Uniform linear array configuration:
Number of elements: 16
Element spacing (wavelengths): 0.25
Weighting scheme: cosine
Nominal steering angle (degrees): -30
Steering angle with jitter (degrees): -31.743
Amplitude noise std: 0.05
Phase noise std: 0.05

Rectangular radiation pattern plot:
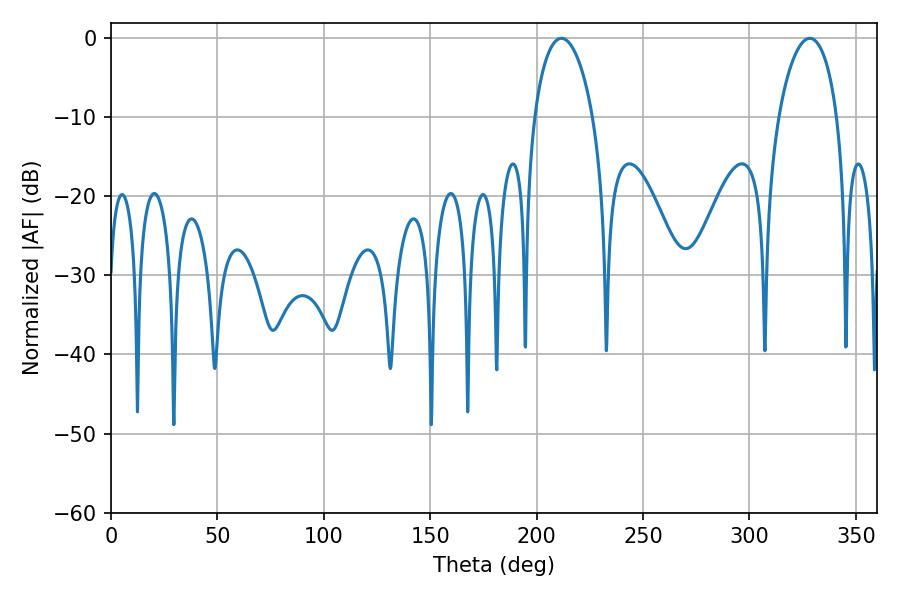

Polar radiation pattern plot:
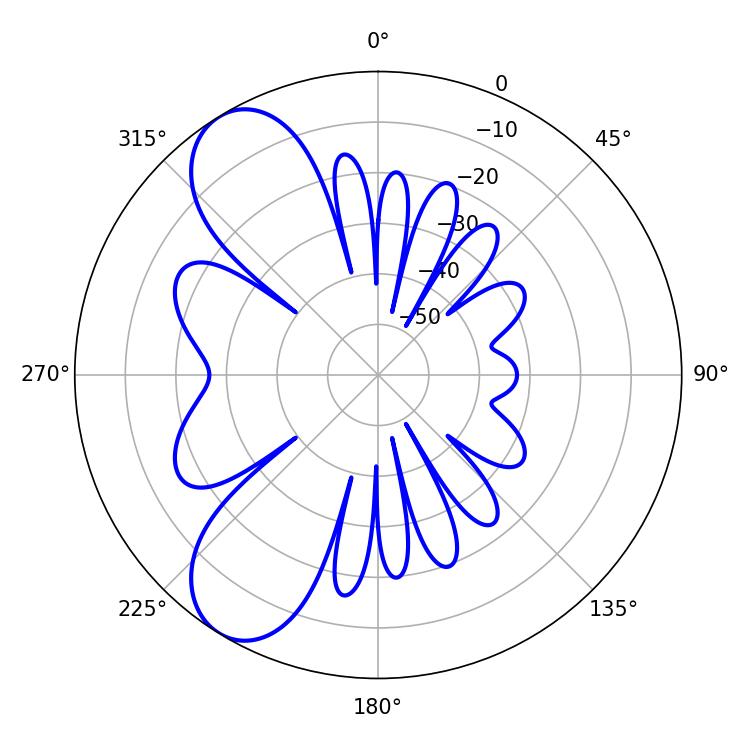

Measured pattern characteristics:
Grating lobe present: FALSE
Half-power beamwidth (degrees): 15.66
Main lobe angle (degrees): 211.68